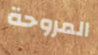
المروحة